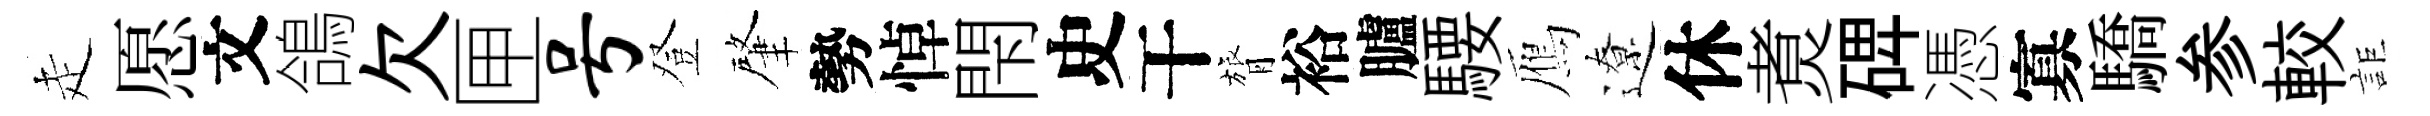
走愿文鴿欠匣号登肇勢悼閇史干膂裕臚騕鴈遼休煑𥓓憑寡驕参較詎